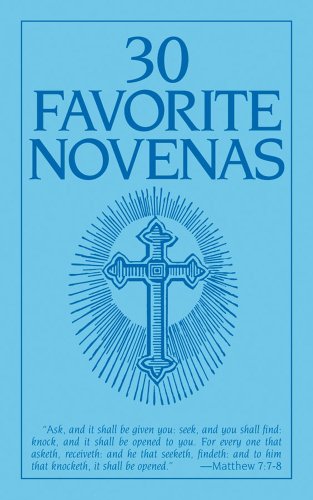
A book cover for Thirty Favorite Novenas; Anonymous; Christian Books & Bibles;